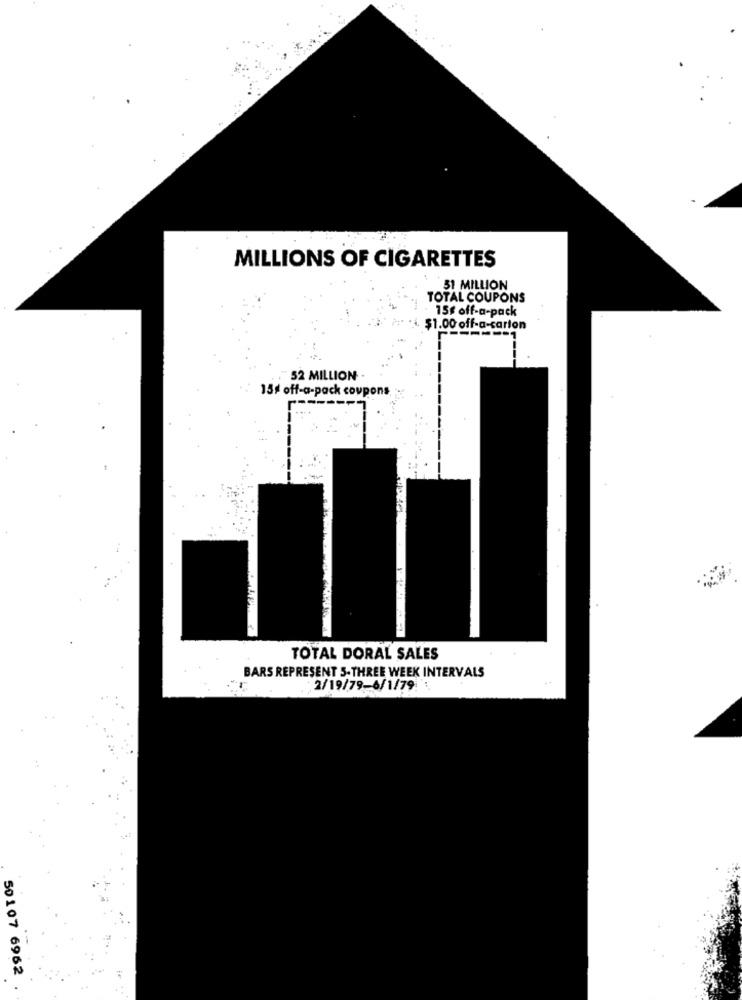
MILLIONS OF CIGARETTES
31 MILLION
TOTAL COUPONS
. 15g off-a-pack
$1.00 off-a-carton
52 MILLION .
15% off-a-pack coupons
TOTAL DORAL SALES
BARS REPRESENT 5-THREE WEEK INTERVALS
..
2/19/79-6/1/79 : +
50107 6962